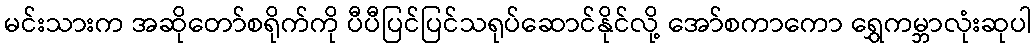
မင်းသားက အဆိုတော်စရိုက်ကို ပီပီပြင်ပြင်သရုပ်ဆောင်နိုင်လို့ အော်စကာကော ရွှေကမ္ဘာလုံးဆုပါ